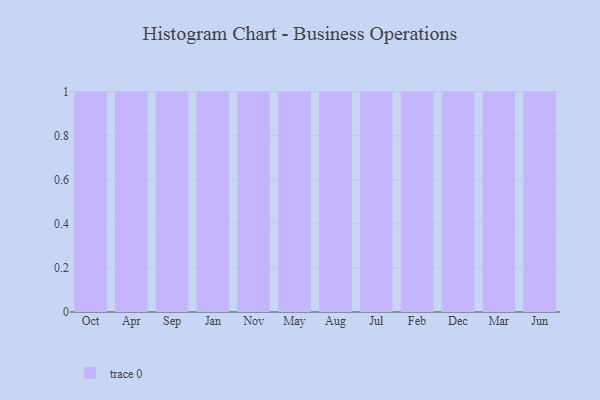
{"axis": {"x": "Month", "y": "Budget (USD K)"}, "legend": [""], "data": [{"x": "Oct", "y": 34, "type": ""}, {"x": "Apr", "y": 28, "type": ""}, {"x": "Sep", "y": 45, "type": ""}, {"x": "Jan", "y": 36, "type": ""}, {"x": "Nov", "y": 92, "type": ""}, {"x": "May", "y": 95, "type": ""}, {"x": "Aug", "y": 85, "type": ""}, {"x": "Jul", "y": 73, "type": ""}, {"x": "Feb", "y": 96, "type": ""}, {"x": "Dec", "y": 37, "type": ""}, {"x": "Mar", "y": 47, "type": ""}, {"x": "Jun", "y": 32, "type": ""}]}